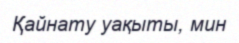
Қайнату уақыты, мин